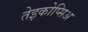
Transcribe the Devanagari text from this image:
तेइकोप्सिअ